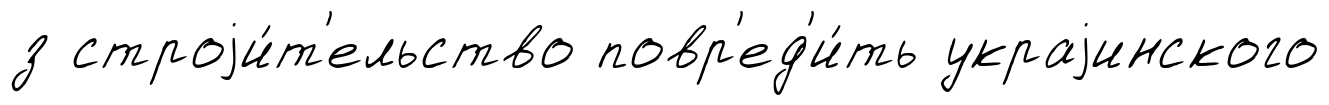
з строjи́т'ельство повр'ед'и́ть украjинского